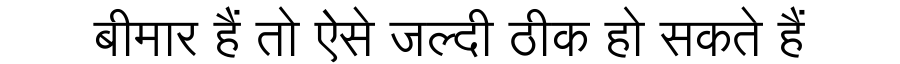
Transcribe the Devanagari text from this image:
बीमार हैं तो ऐसे जल्दी ठीक हो सकते हैं